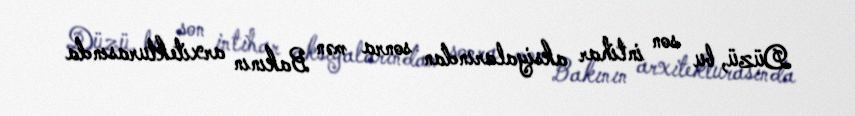
Düzü, bu son intihar aksiyalarından sonra mən Bakının arxitekturasında